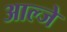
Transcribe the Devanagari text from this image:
आल्जे